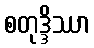
စတုဒ္ဒိဿာ